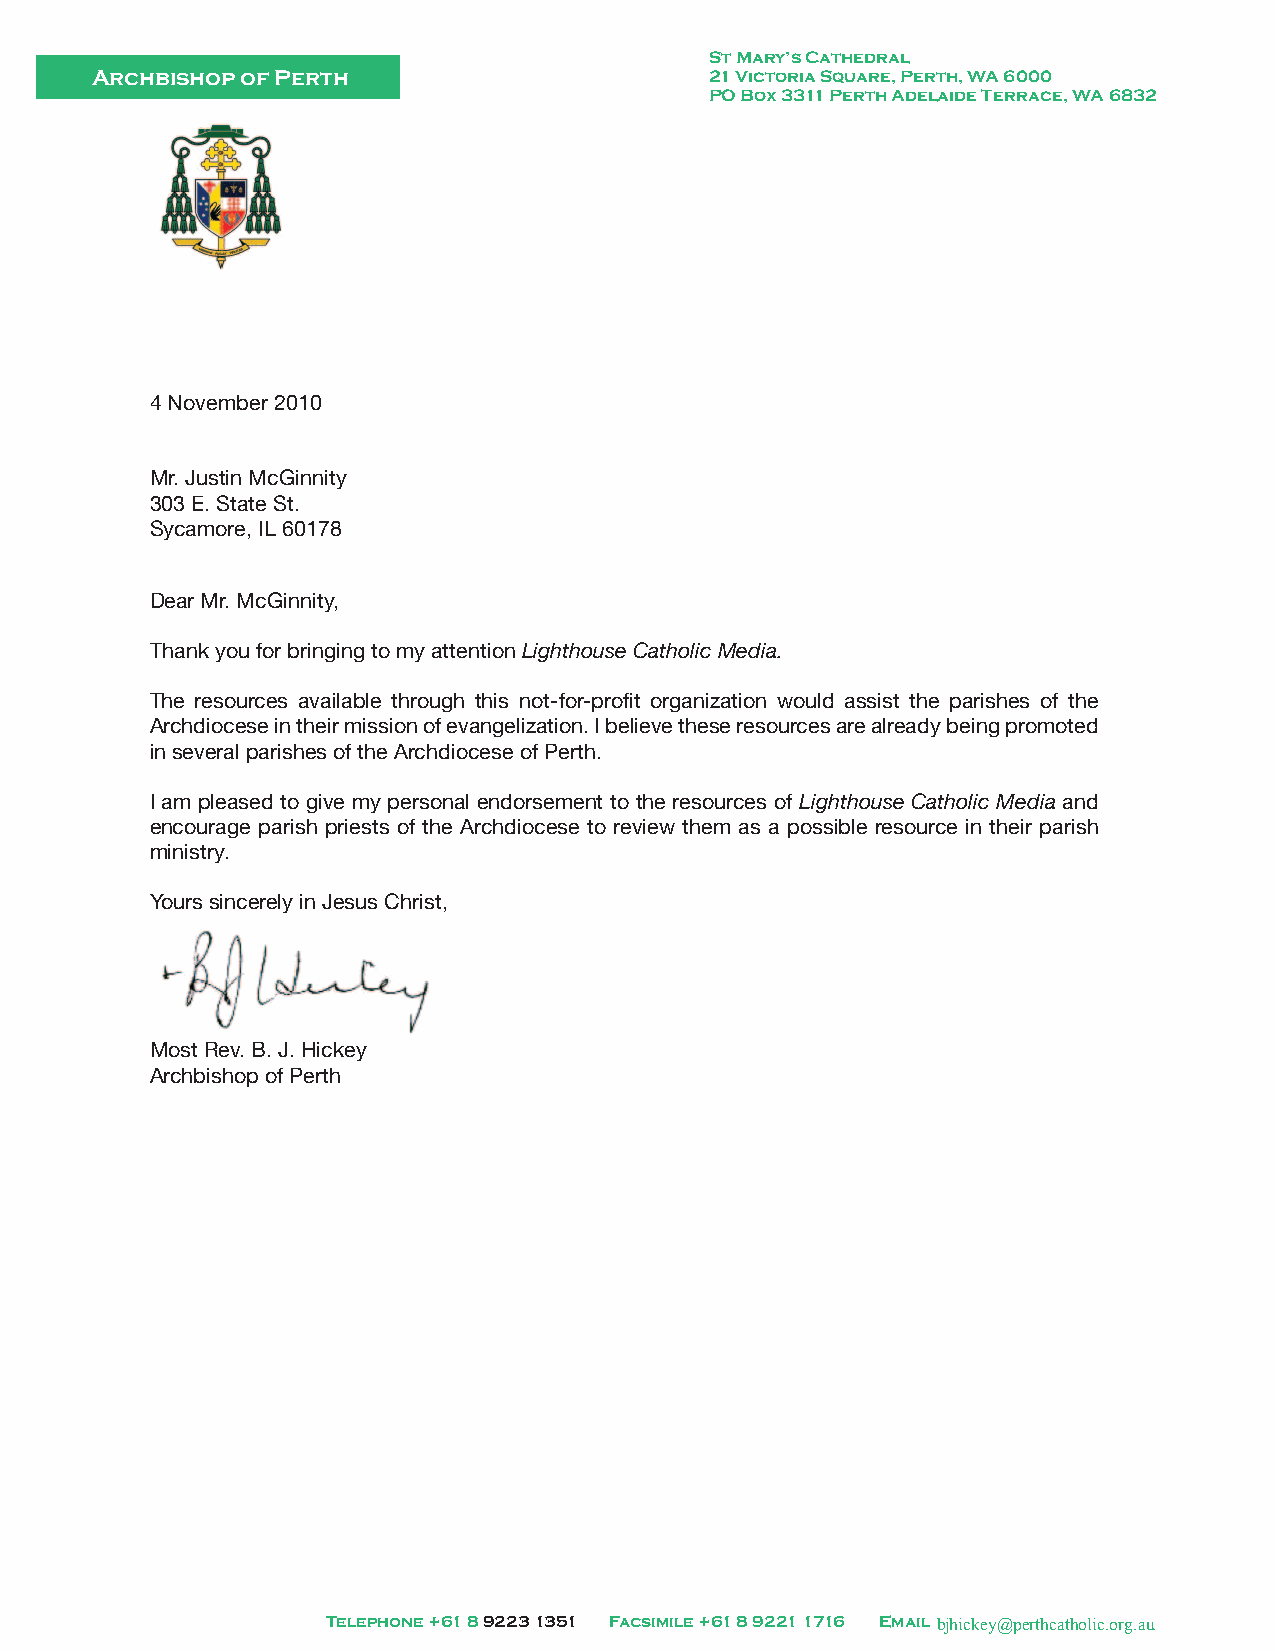
St Mary’s Cathedral
 Archbishop of Perth                      21 Victoria Square, Perth, WA 6000
 PO Box 3311 Perth Adelaide Terrace, WA 6832
 4 November 2010
 Mr. Justin McGinnity
 303 E. State St.
 Sycamore, IL 60178
 Dear Mr. McGinnity,
 Thank you for bringing to my attention Lighthouse Catholic Media.
 The resources available through this not-for-profit organization would assist the parishes of the
 Archdiocese in their mission of evangelization. I believe these resources are already being promoted
 in several parishes of the Archdiocese of Perth.
 I am pleased to give my personal endorsement to the resources of Lighthouse Catholic Media and
 encourage parish priests of the Archdiocese to review them as a possible resource in their parish
 ministry.
 Yours sincerely in Jesus Christ,
 Most Rev. B. J. Hickey
 Archbishop of Perth
 Telephone +61 8 9223 1351 Facsimile +61 8 9221 1716 Email bjhickey@perthcatholic.org.au